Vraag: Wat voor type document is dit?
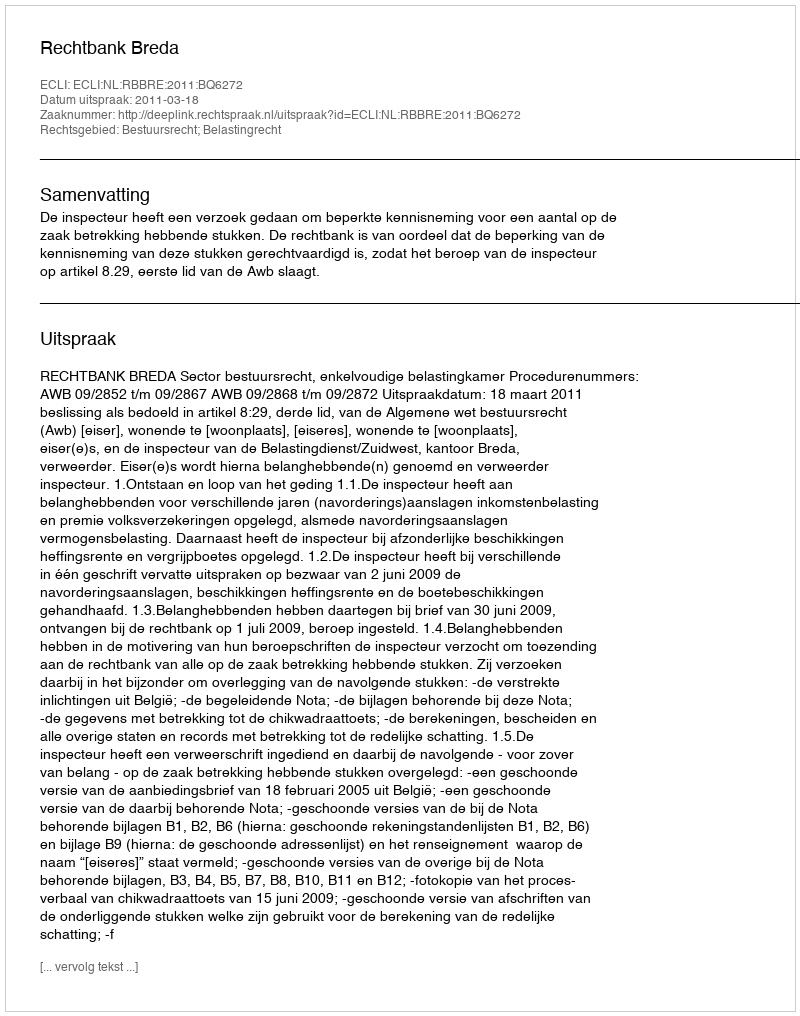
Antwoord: Uitspraak